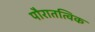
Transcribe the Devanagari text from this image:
पौरातत्विक